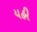
યહી